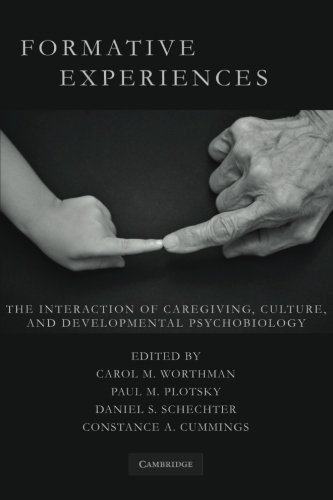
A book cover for Formative Experiences: The Interaction of Caregiving, Culture, and Developmental Psychobiology; Medical Books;